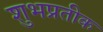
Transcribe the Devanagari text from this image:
शुभप्रतीक